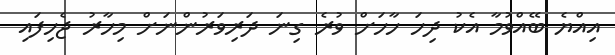
އިއްޔެ ބޭއްވުމާ އެކު ދިހަ ހާހަށް ވުރެ ގިނަ ދަރިވަރުންނަށް މިހާރު ޖެހިފައި